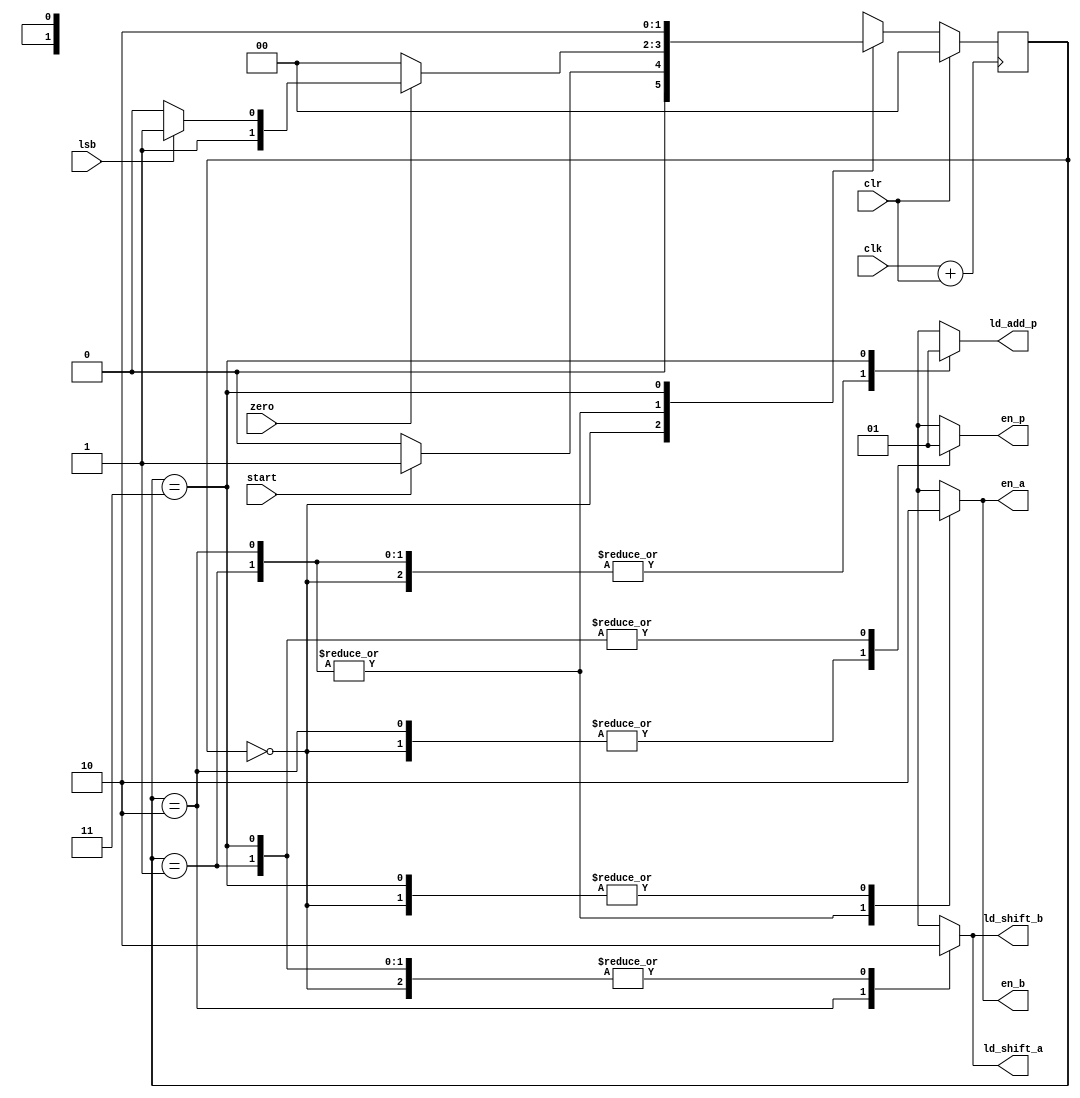
`timescale 1ns / 1ps

module control_unit(
    input start,
    input zero,
    input lsb,
    input clr,
    input clk,
    output reg en_a,
    output reg ld_shift_a,
    output reg  en_b,
    output reg ld_shift_b,
    output reg en_p,
    output reg ld_add_p
    );
reg [1:0] cur;
reg [1:0] next; 
parameter idle = 2'b00, load = 2'b01,shift = 2'b10, add = 2'b11;


assign clk_cmb = clk + clr;
initial begin
    en_a = 0; 
     ld_shift_a=0;
     en_b=0;
     ld_shift_b=0;
     en_p=0;
     ld_add_p=0;
     cur = idle;
     next = idle;
     end
always @ (negedge clk_cmb)
 begin 
    if (clr == 1) 
        cur = idle;
    else
        cur = next;
 end

always @(*) begin
    case(cur)
    idle: if (start == 1) 
            next = load;
          else
            next = start;
    load: if(zero == 0) 
            next = idle;
         else if(lsb == 1) 
            next = add;
          else 
            next = shift;
            
     shift: if(zero==0)
                next = idle;
            else if(lsb==1)
                next = add;
            else
                next = shift;
     add:  next = shift;
        

     endcase
end


always @(*) begin //combinational logic block
   

        case(cur)
         idle:    begin  
                     en_a = 0; 
                     ld_shift_a=0;
                     en_b=0;
                     ld_shift_b=0;
                     en_p=0;
                     ld_add_p=0; 
                   end
         load:    begin  
                     en_a = 1; 
                     ld_shift_a=0;
                     en_b=1;
                     ld_shift_b=0;
                     en_p=1;
                     ld_add_p=0;
                   end
         shift:    begin  
                     en_a = 1; 
                     ld_shift_a=1;
                     en_b=1;
                     ld_shift_b=1;
                     en_p=0;
                     ld_add_p=0;
                    end
           add:    begin  
                     en_a = 0; 
                     ld_shift_a=0;
                     en_b=0;
                     ld_shift_b=0;
                     en_p=1;
                     ld_add_p=1; 
                   end
        endcase
                     
                     
            


end
    
endmodule